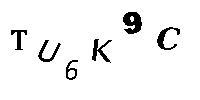
TU6K9C